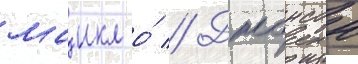
маикл о́ // Джонсон